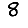
Digit: 8